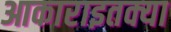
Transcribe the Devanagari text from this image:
आकाराइतक्या